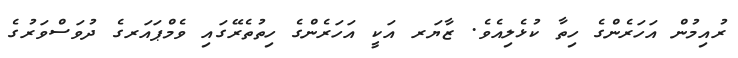
ރުއިމުން އަހަރެންގެ ހިތާ ކުޅެލިއެވެ. ޒާޔަރ އަކީ އަހަރެންގެ ހިތުތެރޭގައި ވެމްޕައަރގެ ދުވަސްވަރުގެ